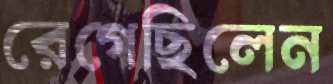
রেগেছিলেন